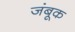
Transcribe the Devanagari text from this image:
जंबूक